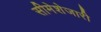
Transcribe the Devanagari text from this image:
सीमेशेजारी